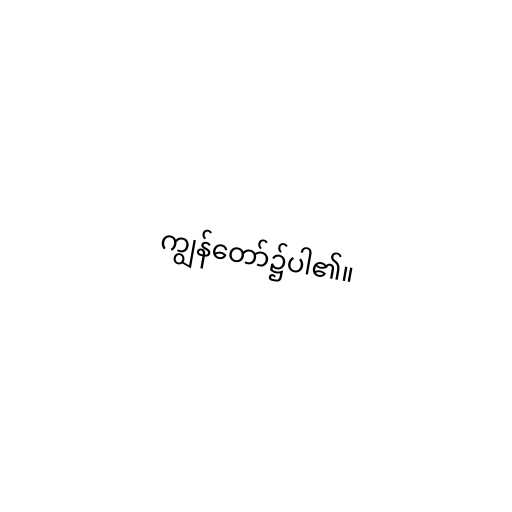
ကျွန်တော်၌ပါ၏။